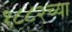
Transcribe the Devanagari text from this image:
१८८२च्या